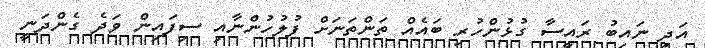
އަދި ނައިބު ރައީސާ ގުޅުންހުރި ބައެއް ތަންތަނަށް ފުލުހުންނާއި ސިފައިން ވަދެ ގެންދަނީ